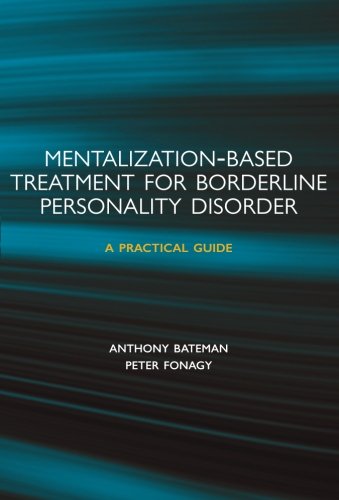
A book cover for Mentalization-based Treatment for Borderline Personality Disorder: A Practical Guide; Anthony Bateman; Health, Fitness & Dieting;